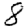
Digit: 8